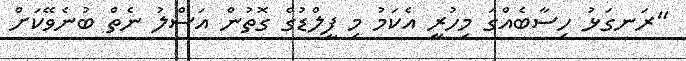
"ރަނގަޅު ހިސާބެއްގަ މިހުރީ އެކަމު މި ފީލްޑުގެ ގޮތުން އަސްލު ނެތް ބުނެވޭކަށް